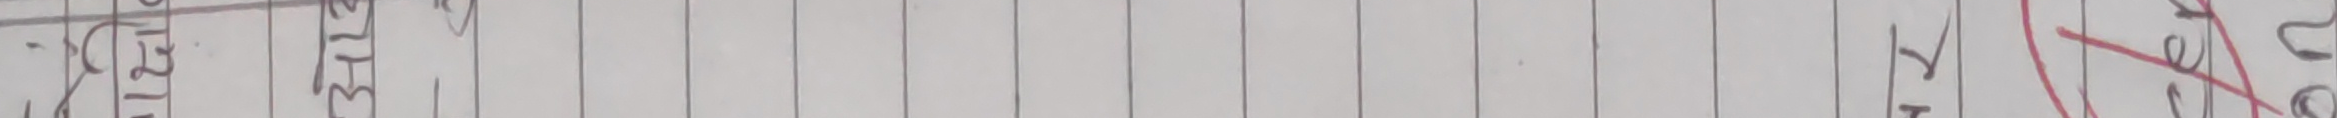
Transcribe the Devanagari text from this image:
–०१२७ ३१२ १ ० ४ ९